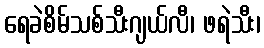
ရေခဲစိမ်သစ်သီးဂျယ်လီ၊ ဖရဲသီး၊